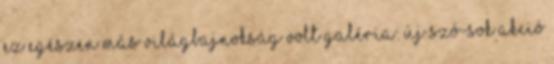
ez egészen más világbajnokság volt GALÉRIA: Új Szó-sok akció